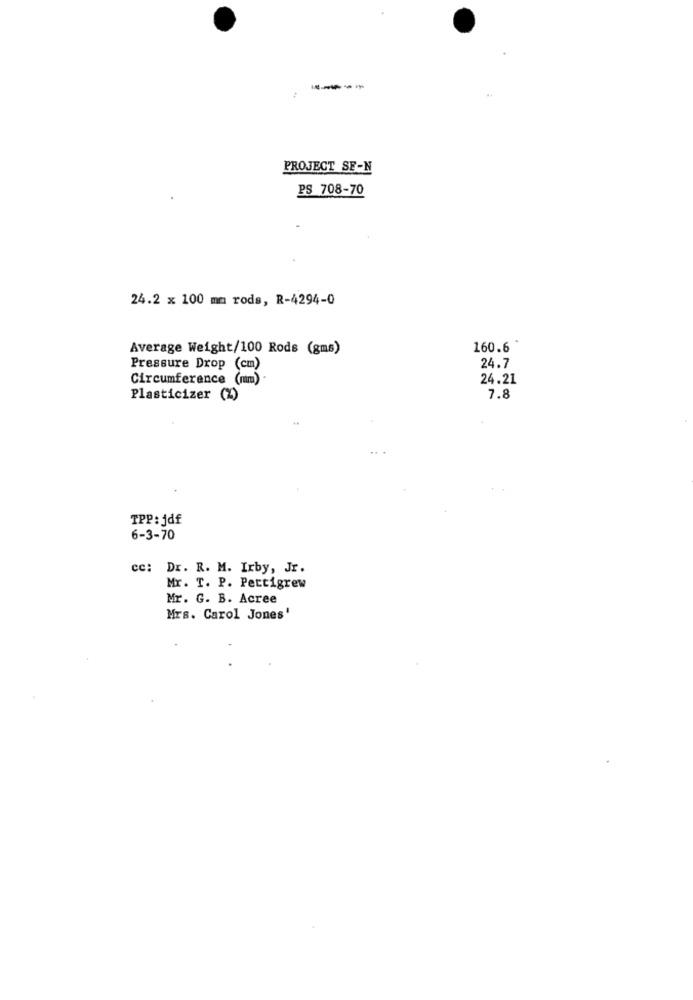
PROJECT SE-N
PS 708-70
24.2 x 100 mm rods, R-4294-0
Average Weight/100 Rods (gms)
160.6
Pressure Drop (cm)
24.7
Circumference (nm)
24.21
Plasticizer (%)
7.8
TPP: jdf
6-3-70
cc: Dr. R. M. Irby, Jr.
Mr. T. P. Pettigrew
Mr. G. B. Acree
Mrs. Carol Jones'